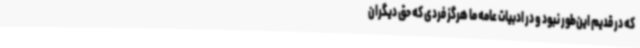
که در قدیم این‌طور نبود و در ادبیات عامه ما هرگز فردی که حق دیگران